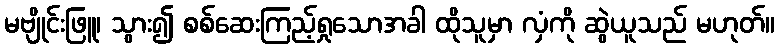
မဗျိုင်းဖြူ၊ သွား၍ စစ်ဆေးကြည့်ရှုသောအခါ ထိုသူမှာ လှံကို ဆွဲယူသည် မဟုတ်။